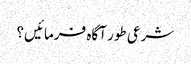
شرعی طور آگاہ فرمائیں؟